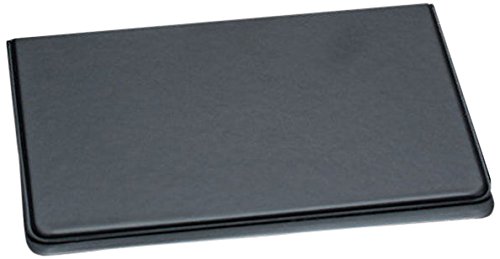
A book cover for Attendance Registration Pad Holder - Black  (Pkg of 6); Christian Books & Bibles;